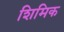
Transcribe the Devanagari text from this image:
शिमिक